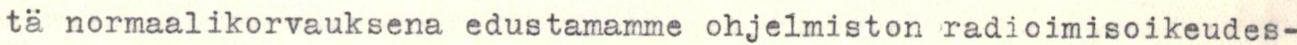
tä normaalikorvauksena edustamamme ohjelmiston radioimisoikeudes-